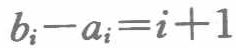
\(b_{i}-a_{i}=i + 1\)